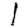
Digit: 1